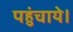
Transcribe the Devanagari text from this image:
पहुंचाये।